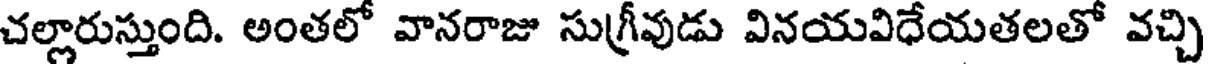
చల్లారుస్తుంది. అంతలో వానరాజు సుగ్రీవుడు వినయవిధేయతలతో వచ్చి